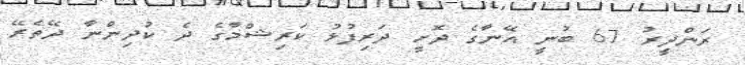
ރަންދީރު 67 ބުނީ އޭނާގެ ދޮށީ ދަރިފުޅު ކަރިޝްމާގެ ދެ ކުދިންނާ ދޭތެރޭ